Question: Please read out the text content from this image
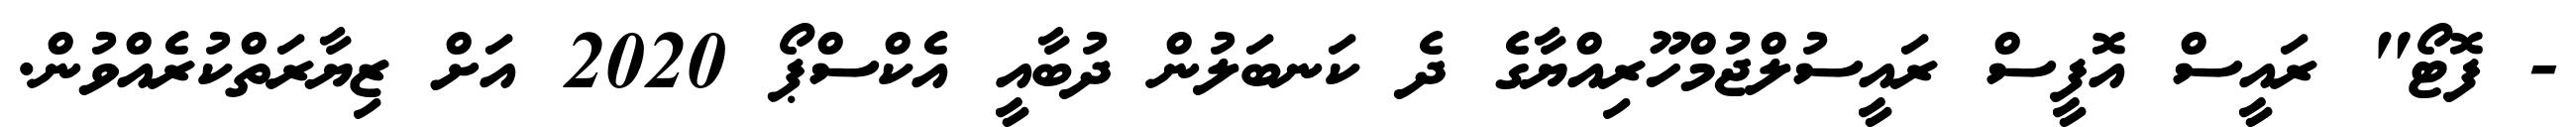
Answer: - ފޮޓޯ" ރައީސް އޮފީސް ރައީސުލްޖުމްހޫރިއްޔާގެ ދެ ކަނބަލުން ދުބާއީ އެކްސްޕޯ 2020 އަށް ޒިޔާރަތްކުރެއްވުން.